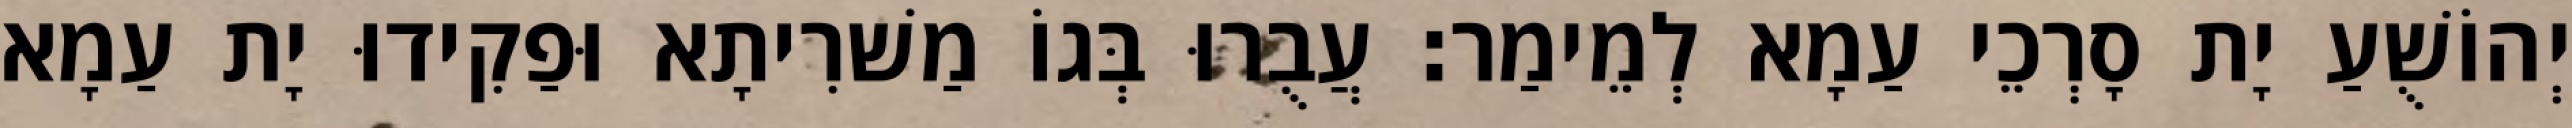
יְהוֹשֻׁעַ יָת סָרְכֵי עַמָא לְמֵימַר׃ עֲבֻרוּ בְּגוֹ מַשׁרִיתָא וּפַקִידוּ יָת עַמָא